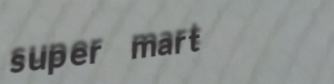
super mart